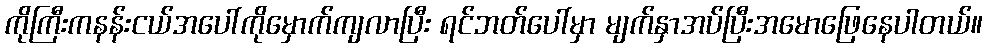
ကိုကြီးကနန်းငယ်အပေါ်ကိုမှောက်ကျလာပြီး ရင်ဘတ်ပေါ်မှာ မျက်နှာအပ်ပြီးအမောဖြေနေပါတယ်။